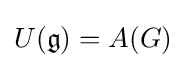
U({\mathfrak {g}})=A(G)